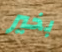
بخير